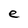
Character: e